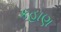
કહાણ